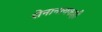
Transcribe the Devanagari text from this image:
सेनानायकही